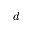
d